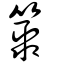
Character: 𥵫